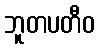
ဘူတပတီဝ